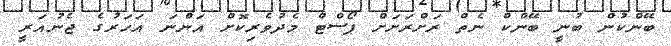
ބޭންކުން ބުނީ ބޭންކް ނެތް ރަށްރަށަށް ޕޯސްޓް މެދުވެރިކޮށް އަންނަ އަހަރުގެ ޖެނުއަރީ